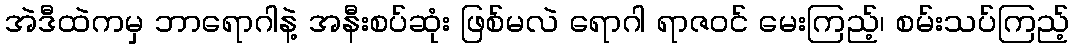
အဲဒီထဲကမှ ဘာရောဂါနဲ့ အနီးစပ်ဆုံး ဖြစ်မလဲ ရောဂါ ရာဇဝင် မေးကြည့်၊ စမ်းသပ်ကြည့်